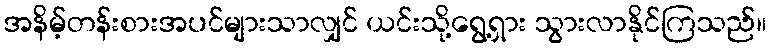
အနိမ့်တန်းစားအပင်များသာလျှင် ယင်းသို့ရွေ့ရှား သွားလာနိုင်ကြသည်။